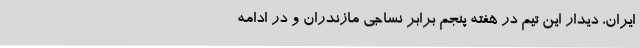
ایران، دیدار این تیم در هفته پنجم برابر نساجی مازندران و در ادامه